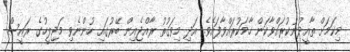
މިކަމަށް ތާއީދުނުކުރައްވާކަން ހާމަކުރައްވާފައެވެ. އަދި މިވަގުތު ރާއްޖެއިން ބޭރުގައި ހުންނެވި މަޖިލީހުގެ ރައީސް